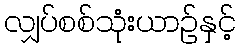
လျှပ်စစ်သုံးယာဉ်နှင့်